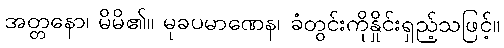
အတ္တနော၊ မိမိ၏။ မုခပမာဏေန၊ ခံတွင်းကိုနှိုင်းရှည့်သဖြင့်။